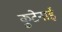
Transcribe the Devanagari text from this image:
कुटेनाई